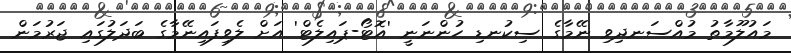
މައުލޫމާތު މުއްސަނދިވި ނޭމާގެ ސިކުނޑި ހުންނަނީ 'އޮޓޯ-ޕައިލެޓް' އަށް ލެވިފައިނޭމާގެ ބަދަލުގައި ޖަރުމަން